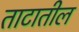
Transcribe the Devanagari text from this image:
ताटातील